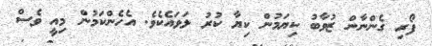
ފޯރި ގެންނާން ޒުވާބު ކިޔަމުން ކިޔާ ކުރު ލަވައެކެވެ. އެހެންކަމުން މިއީ ވެސް